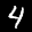
Label: 4